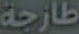
طازجة